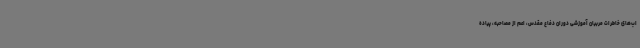
اب‌های خاطرات مربیان آموزشی دوران دفاع مقدس، اعم از مصاحبه، پیاده